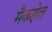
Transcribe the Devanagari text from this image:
मैकहेल